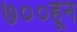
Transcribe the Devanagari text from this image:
७००हून